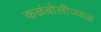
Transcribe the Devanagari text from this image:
कळंबोलीजवळ